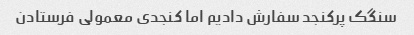
سنگک پرکنجد سفارش دادیم اما کنجدی معمولی فرستادن